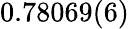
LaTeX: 0.78069(6)